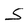
Character: S